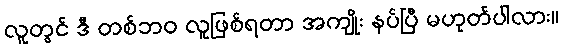
လူတွင် ဒီ တစ်ဘဝ လူဖြစ်ရတာ အကျိုး နပ်ပြီ မဟုတ်ပါလား။